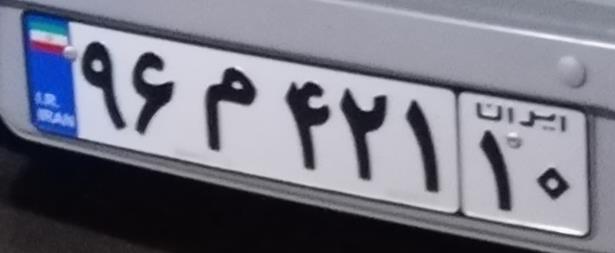
۹۶م۴۲۱۱۰